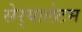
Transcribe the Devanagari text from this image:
सेर्‍यालेटम